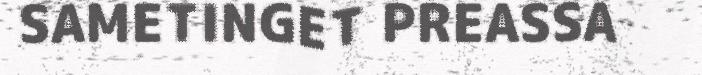
SAMETINGET PREASSA